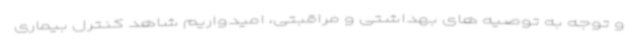
و توجه به توصیه های بهداشتی و مراقبتی، امیدواریم شاهد کنترل بیماری